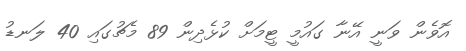
އޮވެން ވަނީ އޭނާ ގައުމީ ޓީމަށް ކުޅެދިން 89 މެޗުގައި 40 ލަނޑު